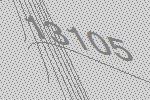
13105